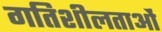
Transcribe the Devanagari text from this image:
गतिशीलताओं